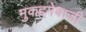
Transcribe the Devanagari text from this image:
मुकद्दमेबाजी